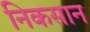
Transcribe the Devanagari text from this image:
निकसान